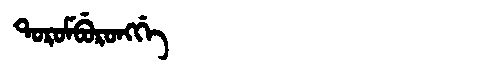
Manchu: ᡨᠣᡵᠣᠮᠪᡠᡵᠣᠩᡤᡝ
Romanization: TOROMBURONGGE